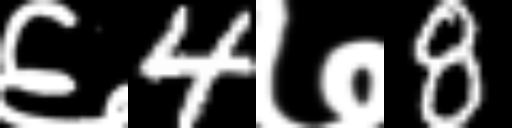
Text: ६4७8